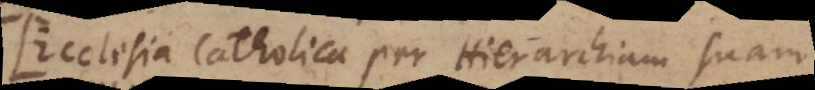
Ecclesia Catholica per Hierarchiam suam